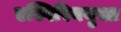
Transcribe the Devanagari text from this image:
एस्पिरिनयुक्त